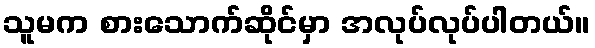
သူမက စားသောက်ဆိုင်မှာ အလုပ်လုပ်ပါတယ်။